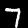
Label: 7